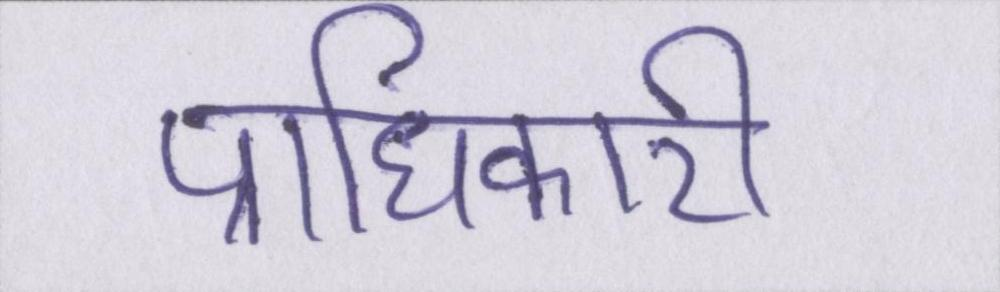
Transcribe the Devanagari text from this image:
प्राधिकारी